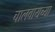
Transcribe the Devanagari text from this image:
चालवायच्या